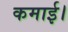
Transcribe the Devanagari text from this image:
कमाई।